Document type: Sale
Year: 1354
Scribe: Bernat de Torre
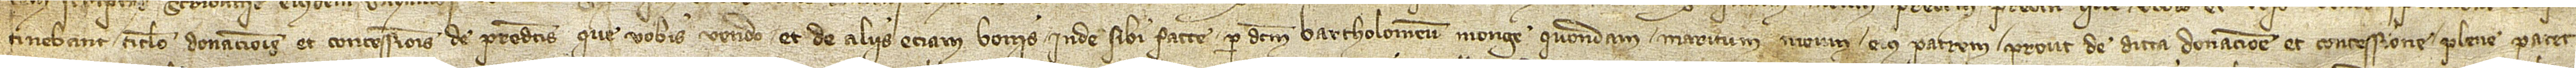
tinebant titulo donacionis et concessionis de predictis que vobis vendo et de aliis etiam bonis inde sibi facte per dictum Bartholomeum Monge, quondam, maritum meum, eius patrem, prout de dicta donacione et concessione plene patet